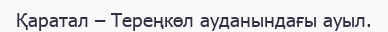
Қаратал – Тереңкөл ауданындағы ауыл.